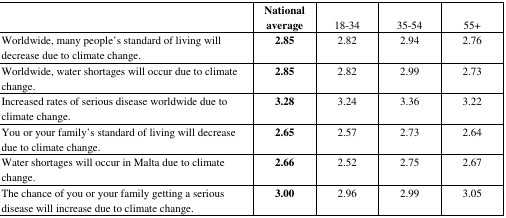
|  | National average | 18–34 | 35–54 | 55+ |
 | --- | --- | --- | --- | --- |
 | Worldwide, many people’s standard of living will decrease due to climate change. | 2.85 | 2.82 | 2.94 | 2.76 |
 | Worldwide, water shortages will occur due to climate change. | 2.85 | 2.82 | 2.99 | 2.73 |
 | Increased rates of serious disease worldwide due to climate change. | 3.28 | 3.24 | 3.36 | 3.22 |
 | You or your family’s standard of living will decrease due to climate change. | 2.65 | 2.57 | 2.73 | 2.64 |
 | Water shortages will occur in Malta due to climate change. | 2.66 | 2.52 | 2.75 | 2.67 |
 | The chance of you or your family getting a serious disease will increase due to climate change. | 3.00 | 2.96 | 2.99 | 3.05 |